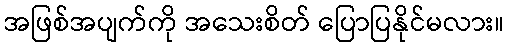
အဖြစ်အပျက်ကို အသေးစိတ် ပြောပြနိုင်မလား။